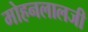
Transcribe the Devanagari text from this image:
मोहनलालजी